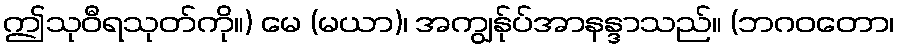
ဤသုဝီရသုတ်ကို။) မေ (မယာ)၊ အကျွန်ုပ်အာနန္ဒာသည်။ (ဘဂဝတော၊